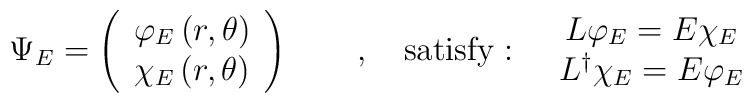
\Psi_E = \left(\begin{array}{c}  \varphi_E\left(r,\theta\right) \\  \chi_E\left(r,\theta\right)\end{array}\right) \qquad,\quad{\rm satisfy:}\quad\begin{array}{c}  L \varphi_E = E \chi_E \\  L^\dag \chi_E = E \varphi_E\end{array}